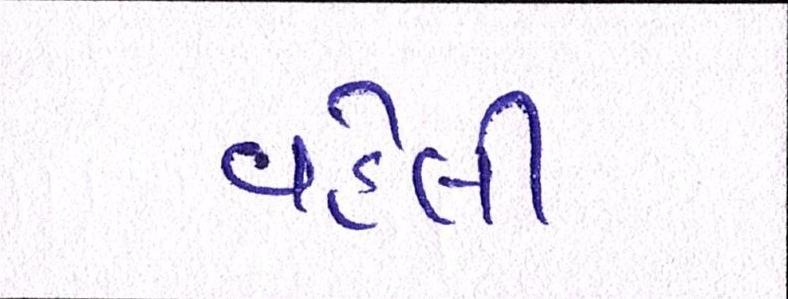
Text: વહેલી